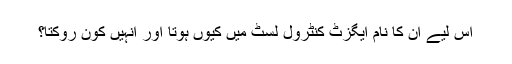
اس لیے ان کا نام ایگزٹ کنٹرول لسٹ میں کیوں ہوتا اور انہیں کون روکتا؟